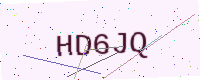
Text: HD6JQ